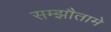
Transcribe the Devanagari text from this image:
सम्झौतामे